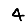
Digit: 4